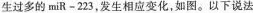
生过多的miR-223，发生相应变化，如图。以下说法